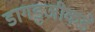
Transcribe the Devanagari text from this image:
डागडुजीकडे